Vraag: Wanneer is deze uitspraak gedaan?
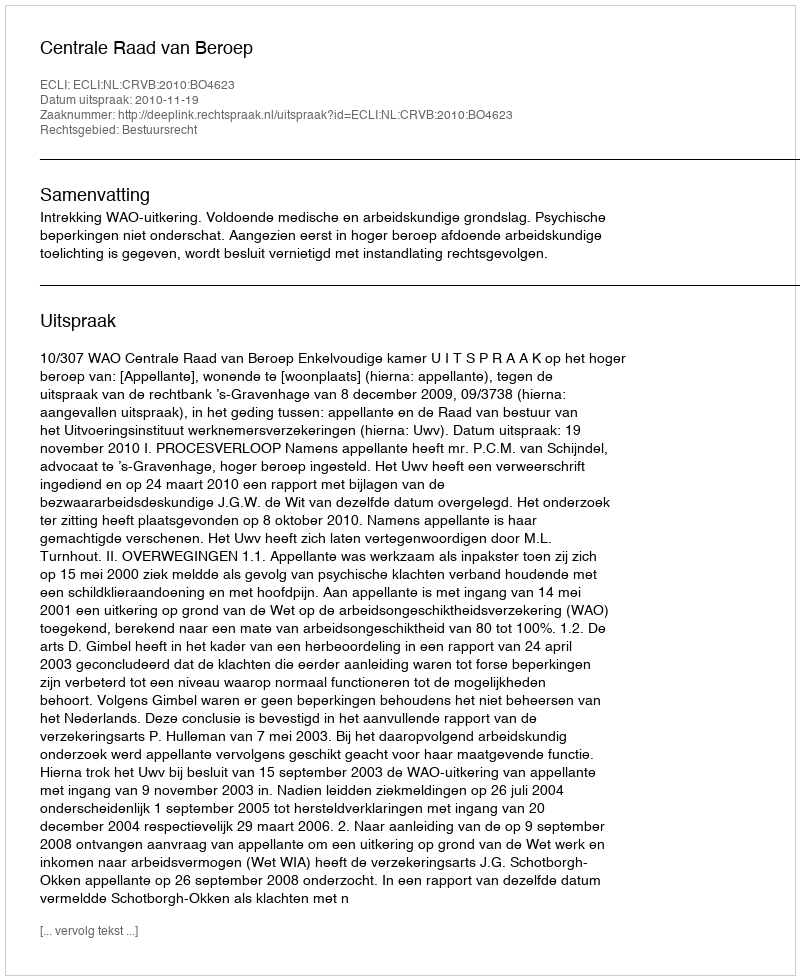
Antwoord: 2010-11-19